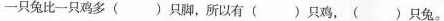
一只鸡多()只脚，所以有()只鸡，()只兔。